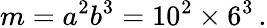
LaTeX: m=a^{2}b^{3}=10^{2}\times 6^{3}\, .